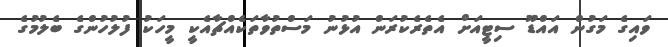
ވައިގެ މަގުން އައްޑޫ ސިޓީއަށް އެތެރެކުރަން އުޅުނު މަސްތުވާތަކެއްޗާއެކީ މީހަކު ފުލުހުންގެ ބެލުމުގެ